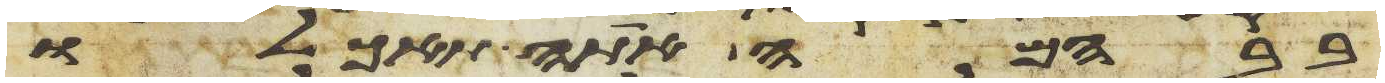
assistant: בבהמה אתה תאכלו